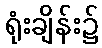
ရုံးချိန်း၌